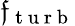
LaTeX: \mathfrak{f}_{\mathrm{{~t~u~r~b~}}}